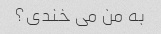
به من می خندی؟